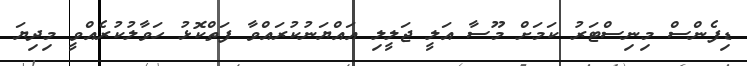
ޑިފެންސް މިނިސްޓަރު ކަމަށް މޫސާ އަލީ ޖަލީލި އައްޔަނުކުރައްވާ ފަތްކޮޅު ހަވާލުކުރެއްވީ މިދިޔަ